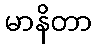
မာနိတာ